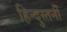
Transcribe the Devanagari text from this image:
हिन्दुस्तनी